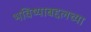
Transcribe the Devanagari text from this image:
भविष्याबद्दलच्या